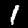
Digit: 1